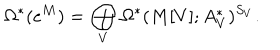
LaTeX: \Omega ^ { * } ( e ^ { M } ) = \bigoplus _ { V } \Omega ^ { * } ( M [ V ] ; A _ { V } ^ { * } ) ^ { S _ { V } } .